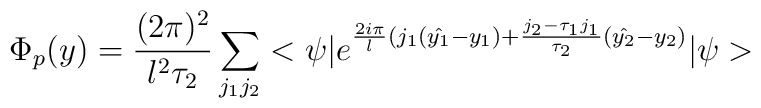
\Phi_{p}(y)=\frac{(2\pi)^2}{l^2\tau_2}\sum_{j_1j_2}<\psi|e^{\frac{2i\pi}{l}(j_1(\hat{y_1}-y_1)+\frac{j_2-\tau_1j_1}{\tau_2}(\hat{y_2}-y_2)}|\psi>